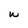
Character: w